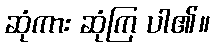
ဆုံကား ဆုံကြ ပါ၏။